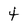
Character: 4